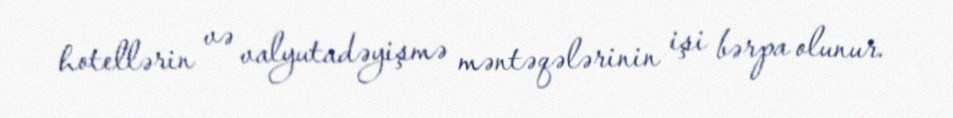
hotellərin və valyutadəyişmə məntəqələrinin işi bərpa olunur.